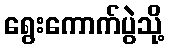
ရွေးကောက်ပွဲသို့